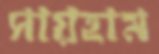
সায়হাম